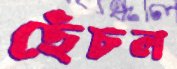
ছেঁচল